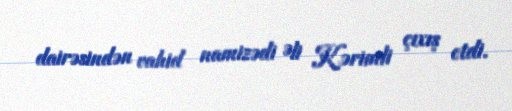
dairəsindən vahid namizədi Əli Kərimli çıxış etdi.